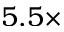
5 . 5 \times